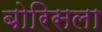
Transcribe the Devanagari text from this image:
बोरिसला